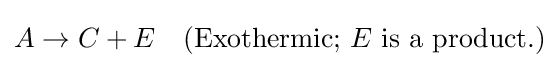
A\to C+E\quad {\text{(Exothermic; }}E{\text{ is a product.)}}